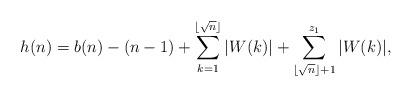
LaTeX: \begin{align*}h(n) = b(n) - (n-1) + \sum_{k = 1}^{\lfloor \sqrt{n} \rfloor} |W(k)| + \sum_{\lfloor \sqrt{n} \rfloor + 1}^{z_1} |W(k)|,\end{align*}